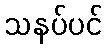
သနပ်ပင်